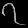
Digit: ၇